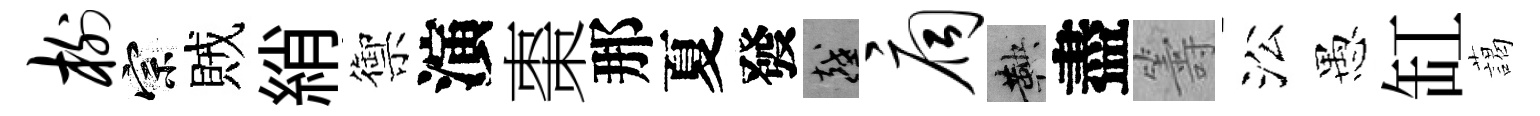
榭宗賊綃禦演棗那夏發越扃鞅盡籌㳂愚缸藹